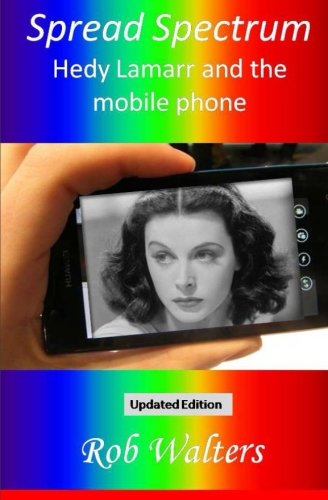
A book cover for Spread Spectrum: Hedy Lamarr and the mobile phone; Rob Walters; Computers & Technology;